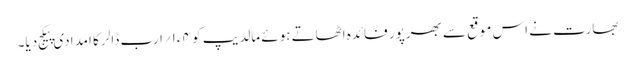
بھارت نے اس موقع سے بھرپور فائدہ اٹھاتے ہوئے مالدیپ کو ۴ء۱؍ارب ڈالر کا امدادی پیکج دیا۔